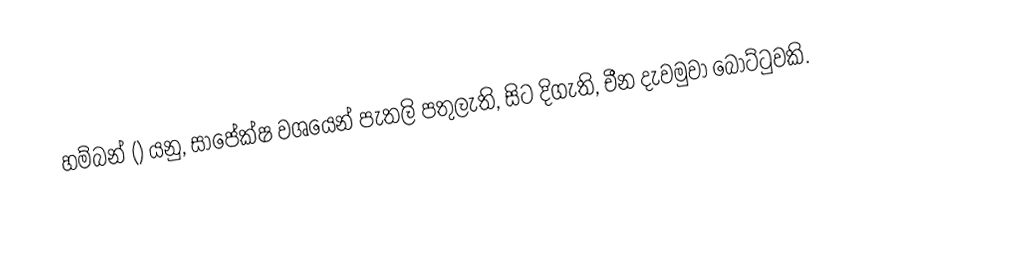
හම්බන් () යනු, සාපේක්ෂ වශයෙන් පැතලි පතුලැති,  සිට දිගැති, චීන දැවමුවා බෝට්ටුවකි.